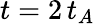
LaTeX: t=2\, t_{A}